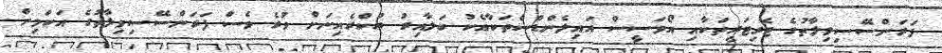
ފަރަންސޭސިވިލާތުގެ ޓެރިޓަރީތަކާއި އޯވަސީސް އައިލެންޑްސްތަކާއެކު ބަލާއިރު ޔުކްރެއިނަށް ވުރެ ވެސް ފަރަންސޭސިވިިލާތުގެ އަކަމިން